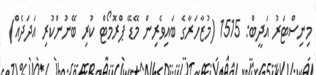
މިނިސްޓަރު އަދީބް: 1515 (މުޒާހަރާގެ ބައިވެރިން މޭޑޭ ޕްރޮމޯޓް ކުރި ބޭނުންކުރި އަދަދެއް)